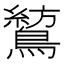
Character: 鶭